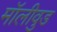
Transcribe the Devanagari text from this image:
मॉलीवुड